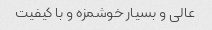
عالی و بسیار خوشمزه و با کیفیت